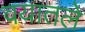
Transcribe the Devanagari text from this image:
वयातले